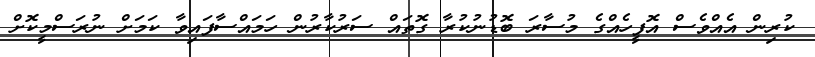
ކުރިން އެއްވެސް އޮފީހެއްގެ މުސާރަ ބޮޑުނުކުރާ ގޮތައް ސަރުކާރުން ހަމައްސާފައިވާ ކަމަށް ނުރަސްމީކޮށް